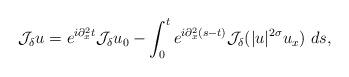
LaTeX: \begin{align*} \mathcal{J}_{\delta}u= e^{i\partial_{x}^{2}t}\mathcal{J}_{\delta}u_{0} -\int_{0}^{t}e^{i\partial_{x}^{2}(s-t)}\mathcal{J}_{\delta}(|u|^{2\sigma}u_{x})\ ds,\end{align*}